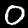
Label: 0